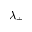
\lambda _ { \pm }